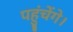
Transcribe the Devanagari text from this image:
पहुंचेंगे।